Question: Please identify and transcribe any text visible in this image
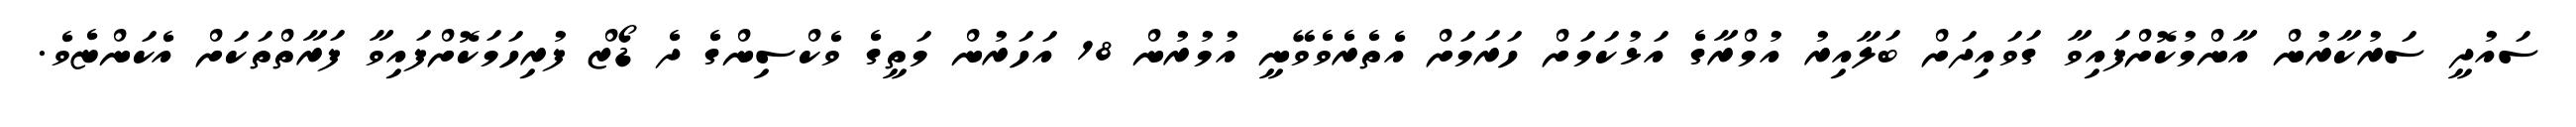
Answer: ސައުދީ ސަރުކާރުން އާންމުކޮށްފައިވާ ގަވައިދަށް ބަލާއިރު އުމްރާގެ އަޅުކަމަށް ހަރަމަށް އެތެރެވެވޭނީ އުމުރުން 18 އަހަރުން މަތީގެ ވެކްސިންގެ ދެ ޑޯޒް ފުރިހަމަކޮށްފައިވާ ފަރާތްތަކަށް އެކަންޏެވެ.